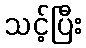
သင့်ပြီး